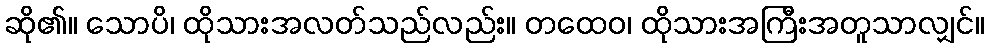
ဆို၏။ သောပိ၊ ထိုသားအလတ်သည်လည်း။ တထေဝ၊ ထိုသားအကြီးအတူသာလျှင်။